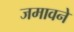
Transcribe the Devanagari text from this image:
जमावने